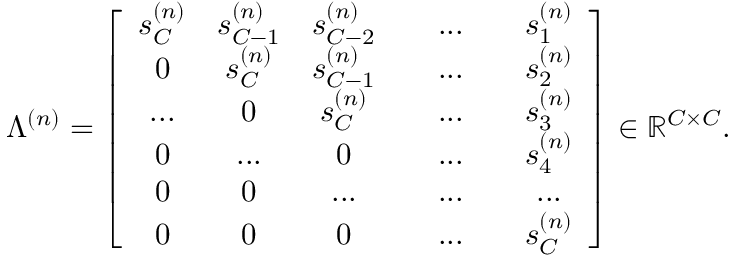
\Lambda ^ { ( n ) } = \left[ \begin{array} { c c c c c c c } { s _ { C } ^ { ( n ) } } & { s _ { C - 1 } ^ { ( n ) } } & { s _ { C - 2 } ^ { ( n ) } } & & { . . . } & & { s _ { 1 } ^ { ( n ) } } \\ { 0 } & { s _ { C } ^ { ( n ) } } & { s _ { C - 1 } ^ { ( n ) } } & & { . . . } & & { s _ { 2 } ^ { ( n ) } } \\ { . . . } & { 0 } & { s _ { C } ^ { ( n ) } } & & { . . . } & & { s _ { 3 } ^ { ( n ) } } \\ { 0 } & { . . . } & { 0 } & & { . . . } & & { s _ { 4 } ^ { ( n ) } } \\ { 0 } & { 0 } & { . . . } & & { . . . } & & { . . . } \\ { 0 } & { 0 } & { 0 } & & { . . . } & & { s _ { C } ^ { ( n ) } } \end{array} \right] \in \mathbb { R } ^ { C \times C } .